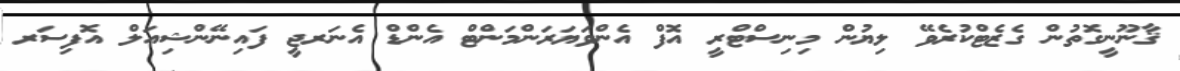
ޤާނޫނީގޮތުން ގެޒެޓްކުރެވޭ ލިޔުން މިނިސްޓްރީ އޮފް އެންވަޔަރަންމަންޓް އެންޑް އެނަރޖީ ފައިނޭންޝިއަލް އޮފިސަރ